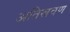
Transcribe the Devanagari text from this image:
अतिस्रवण